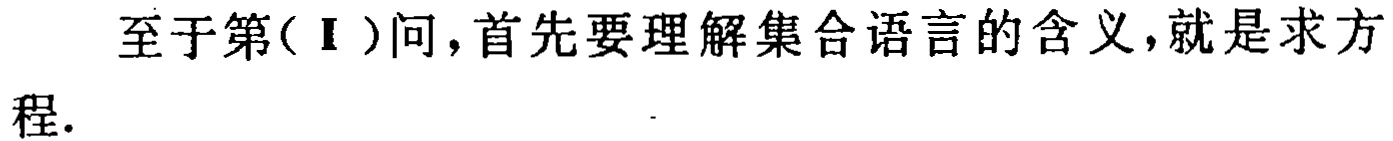
至于第(Ⅰ)问，首先要理解集合语言的含义，就是求方程.